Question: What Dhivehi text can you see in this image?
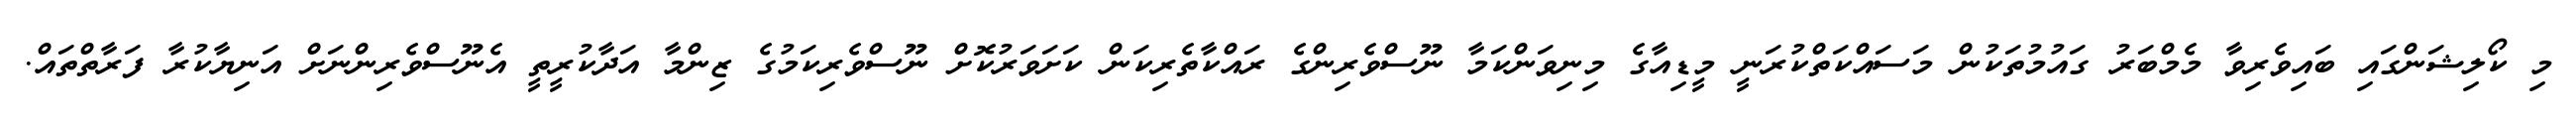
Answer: މި ކޯލިޝަންގައި ބައިވެރިވާ މެމްބަރު ގައުމުތަކުން މަސައްކަތްކުރަނީ މީޑިއާގެ މިނިވަންކަމާ ނޫސްވެރިންގެ ރައްކާތެރިކަން ކަށަވަރުކޮށް ނޫސްވެރިކަމުގެ ޒިންމާ އަދާކުރީތީ އެނޫސްވެރިންނަށް އަނިޔާކުރާ ފަރާތްތައް.